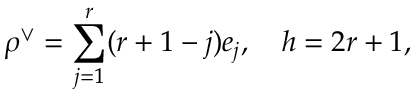
\rho ^ { \vee } = \sum _ { j = 1 } ^ { r } ( r + 1 - j ) e _ { j } , \quad h = 2 r + 1 ,